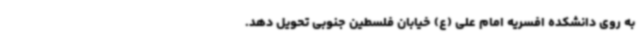
به روی دانشکده افسریه امام علی (ع) خیابان فلسطین جنوبی تحویل دهد.